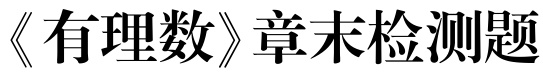
《有理数》章末检测题